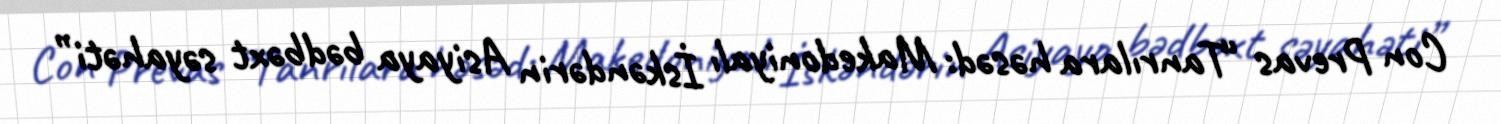
Con Prevas “Tanrılara həsəd: Makedoniyalı İskəndərin Asiyaya bədbəxt səyahəti”